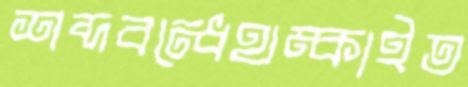
শব্দবন্ধেথম্‌কাইত